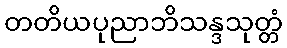
တတိယပုညာဘိသန္ဒသုတ္တံ